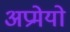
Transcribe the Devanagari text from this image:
अप्रमेयो